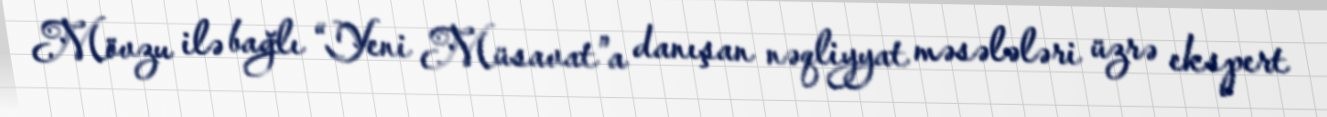
Mövzu ilə bağlı “Yeni Müsavat”a danışan nəqliyyat məsələləri üzrə ekspert